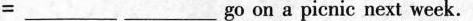
=____go on a picnic next week.